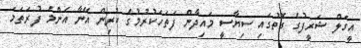
އީގަލް ޝަރީފުގެ ގޮތުގައި ސިޔާސީ މައިދާން ފަތަހަކުރުމުގެ ކުރިން އޭނާ އެންމެ ފުރަތަމަ